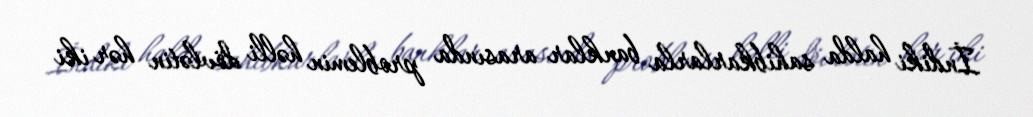
İndiki halda sahibkarlarla banklar arasında problemin həlli dövlətin hər iki